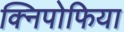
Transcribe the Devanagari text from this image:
क्निपोफिया